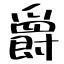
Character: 爵